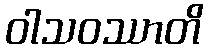
ဝါသဝဿာတိ